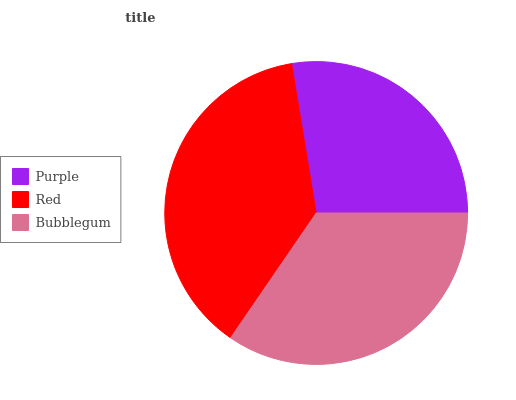
| Purple | Red | Bubblegum |
 | --- | --- | --- |
 | 27.5% | 37.9% | 34.6% |